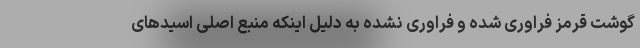
گوشت قرمز فراوری شده و فراوری نشده به دلیل اینکه منبع اصلی اسیدهای